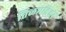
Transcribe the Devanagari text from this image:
तिळभांडेश्वर